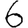
Digit: 6